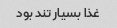
غذا بسیار تند بود